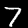
Digit: 7